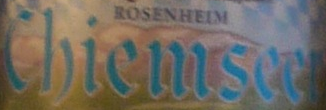
Chiemseel